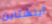
أينشتاين